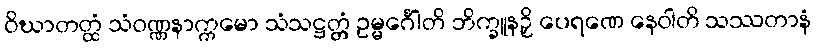
ဝိဃာတတ္ထံ သံဝဏ္ဏနာက္ကမော သံသဋ္ဌတ္တံ ဥမ္မင်္ဂေါတိ ဘိက္ခူနဉှိ ပေရဏေ နေဝါတိ သဿတာနံ